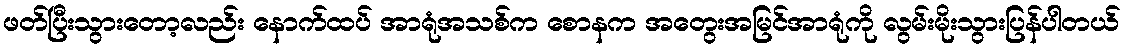
ဖတ်ပြီးသွားတော့လည်း နောက်ထပ် အာရုံအသစ်က စောနက အတွေးအမြင်အာရုံကို လွမ်းမိုးသွားပြန်ပါတယ်